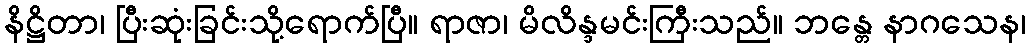
နိဋ္ဌိတာ၊ ပြီးဆုံးခြင်းသို့ရောက်ပြီ။ ရာဇာ၊ မိလိန္ဒမင်းကြီးသည်။ ဘန္တေ နာဂသေန၊